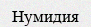
Нумидия